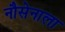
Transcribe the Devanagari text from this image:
नौसेनाला